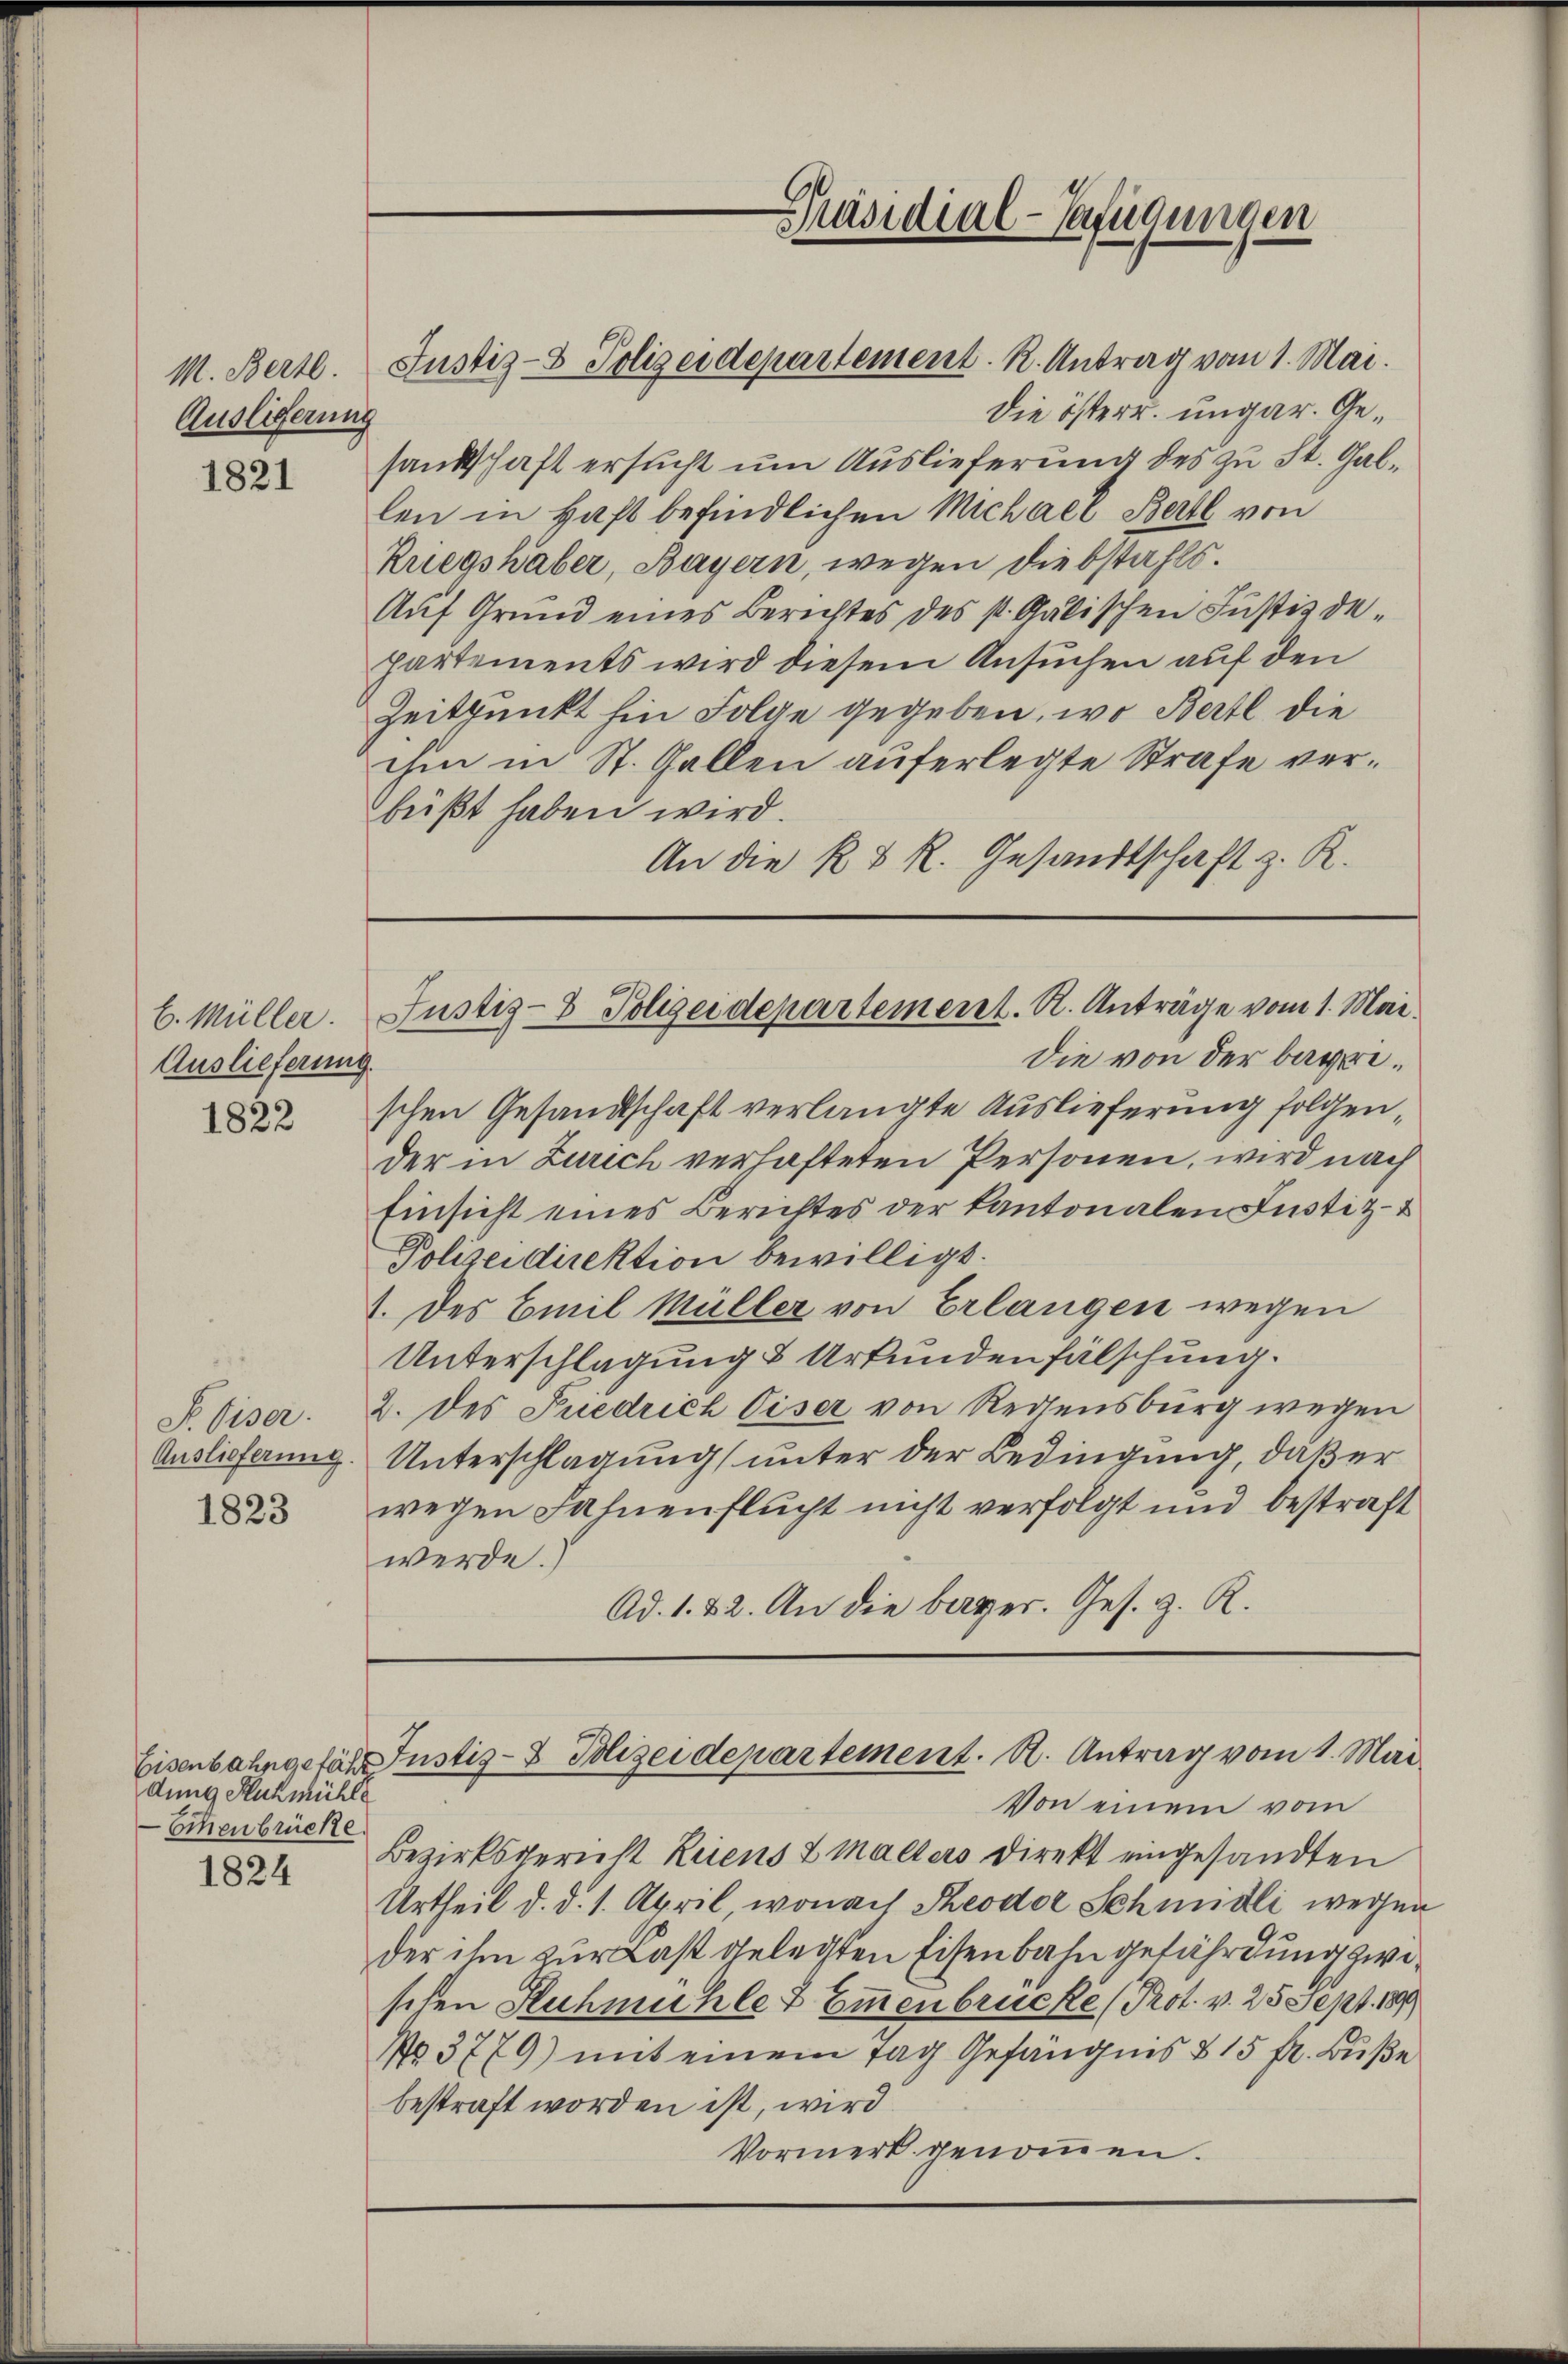
M. Bert
Auslieferung

1821

b. Müller.
Auslieferung

1822

F. Eiser.
1823

Eisenbahngefähr
dung Ruhmühle
Eichenbrücke
1824

Die österr. ungar. Gesandtschaft ersucht um Auslieferung des zu St. Gallen in Haft befindlichen Michael Bertl von
Kriegshaber, Bayern, wegen diebstahls.
Auf Grund eines Berichtes des st. Galischen Justiz departements wird diesem Ansuchen auf den
Zeitpunkt hin Folge gegeben, wo Bertl die
ihm in St. Gallen auferlegte Strafe verbüßt haben wird.
An die K. R. Gesandtschaft z. R.

Justiz- & Polizeidepartement. K. Antrag vom 1. Mai.

Präsidial-Verfügungen

Justiz- & Polizeidepartement. R. Anträge vom 1. Mai.
die von der bagei¬

schen Gesandtschaft verlangte Auslieferung folgender in Zürich verhafteten Personen, wird nach
Einsicht eines Berichtes der Kantonalen Justiz-
Polizeidirektion bewilligt.
1. des Emil Müller von Erlangen wegen
Unterschlagung & Urkundenfälschung.
2. des Puedrich Ciser von Reisensburg wegen
Auslieferung. Unterschlagung unter der Bedingung, daß er
wegen Fahnenflucht nicht verfolgt und bestraft
werde.)
Ad. 1. 22. An die bayer. Ges. z. R.

Von einem vom
Bezirksgericht Kriens 2 malters Direkt eingesandten
Urtheil d. d. 1. April, wonach Theodor Schmidli wegen
der ihm zur Last gelegten Eisenbahngefährdung zwischen Ruhmühle & Emmenbrücke (Prot. v. 25 Sept. 1899
No. 3779) mit einem Tag Gefängnis § 15 fr. Buße
bestraft worden ist, wird
Vormerk genommen.

Justiz- & Polizeidepartement. A. Antrag vom 1. Mai